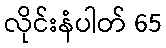
လိုင်းနံပါတ် 65